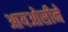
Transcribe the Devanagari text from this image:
आयओसीने